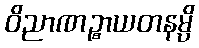
ဝိညာဏဉ္စာယတနမ္ပိ